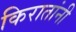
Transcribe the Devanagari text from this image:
किरातांनी